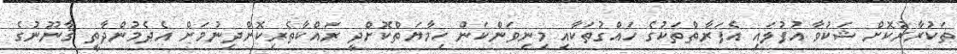
ތަކުރާރުކޮށް ޝަކުވާ އުފުލައި އެފަރާތްތަކުގެ ހައްގުތަކާއި މިނިވަންކަން ހިމާޔަތްކޮށްދީ ރައްކާތެރިކޮށްދިނުމަށް އެދެމުންދާތީ ޤާނޫނުގެ